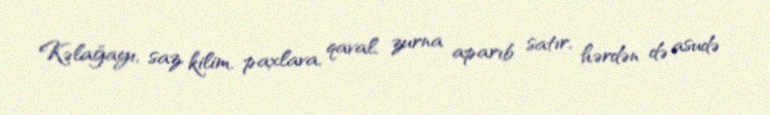
Kəlağayı, saz, kilim, paxlava, qaval, zurna aparıb satır, hərdən də asudə